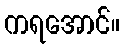
ကရအောင်။